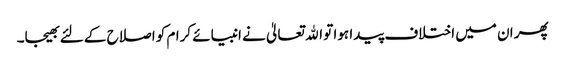
پھر ان میں اختلاف پیدا ہوا تو اﷲ تعالیٰ نے انبیائے کرام کو اصلاح کے لئے بھیجا۔